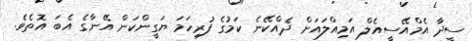
ސީދާ އެމްއޭސީއެލް އަމިއްލައަށް ދެއްކޭނެ ކަމުގެ ފުރިހަމަ ޔަގީންކަން އޭނާގެ އެބަ އޮތެވެ.